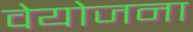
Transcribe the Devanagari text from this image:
वेयोजना